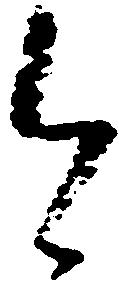
今